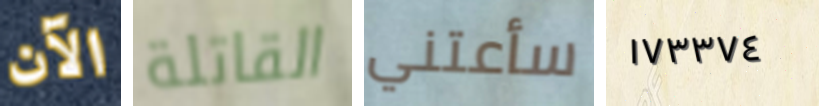
الآن القاتلة سأعتني ١٧٣٣٧٤